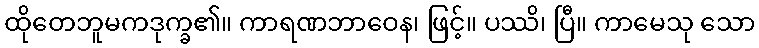
ထိုတေဘူမကဒုက္ခ၏။ ကာရဏဘာဝေန၊ ဖြင့်။ ပဿိ၊ ပြီ။ ကာမေသု သော